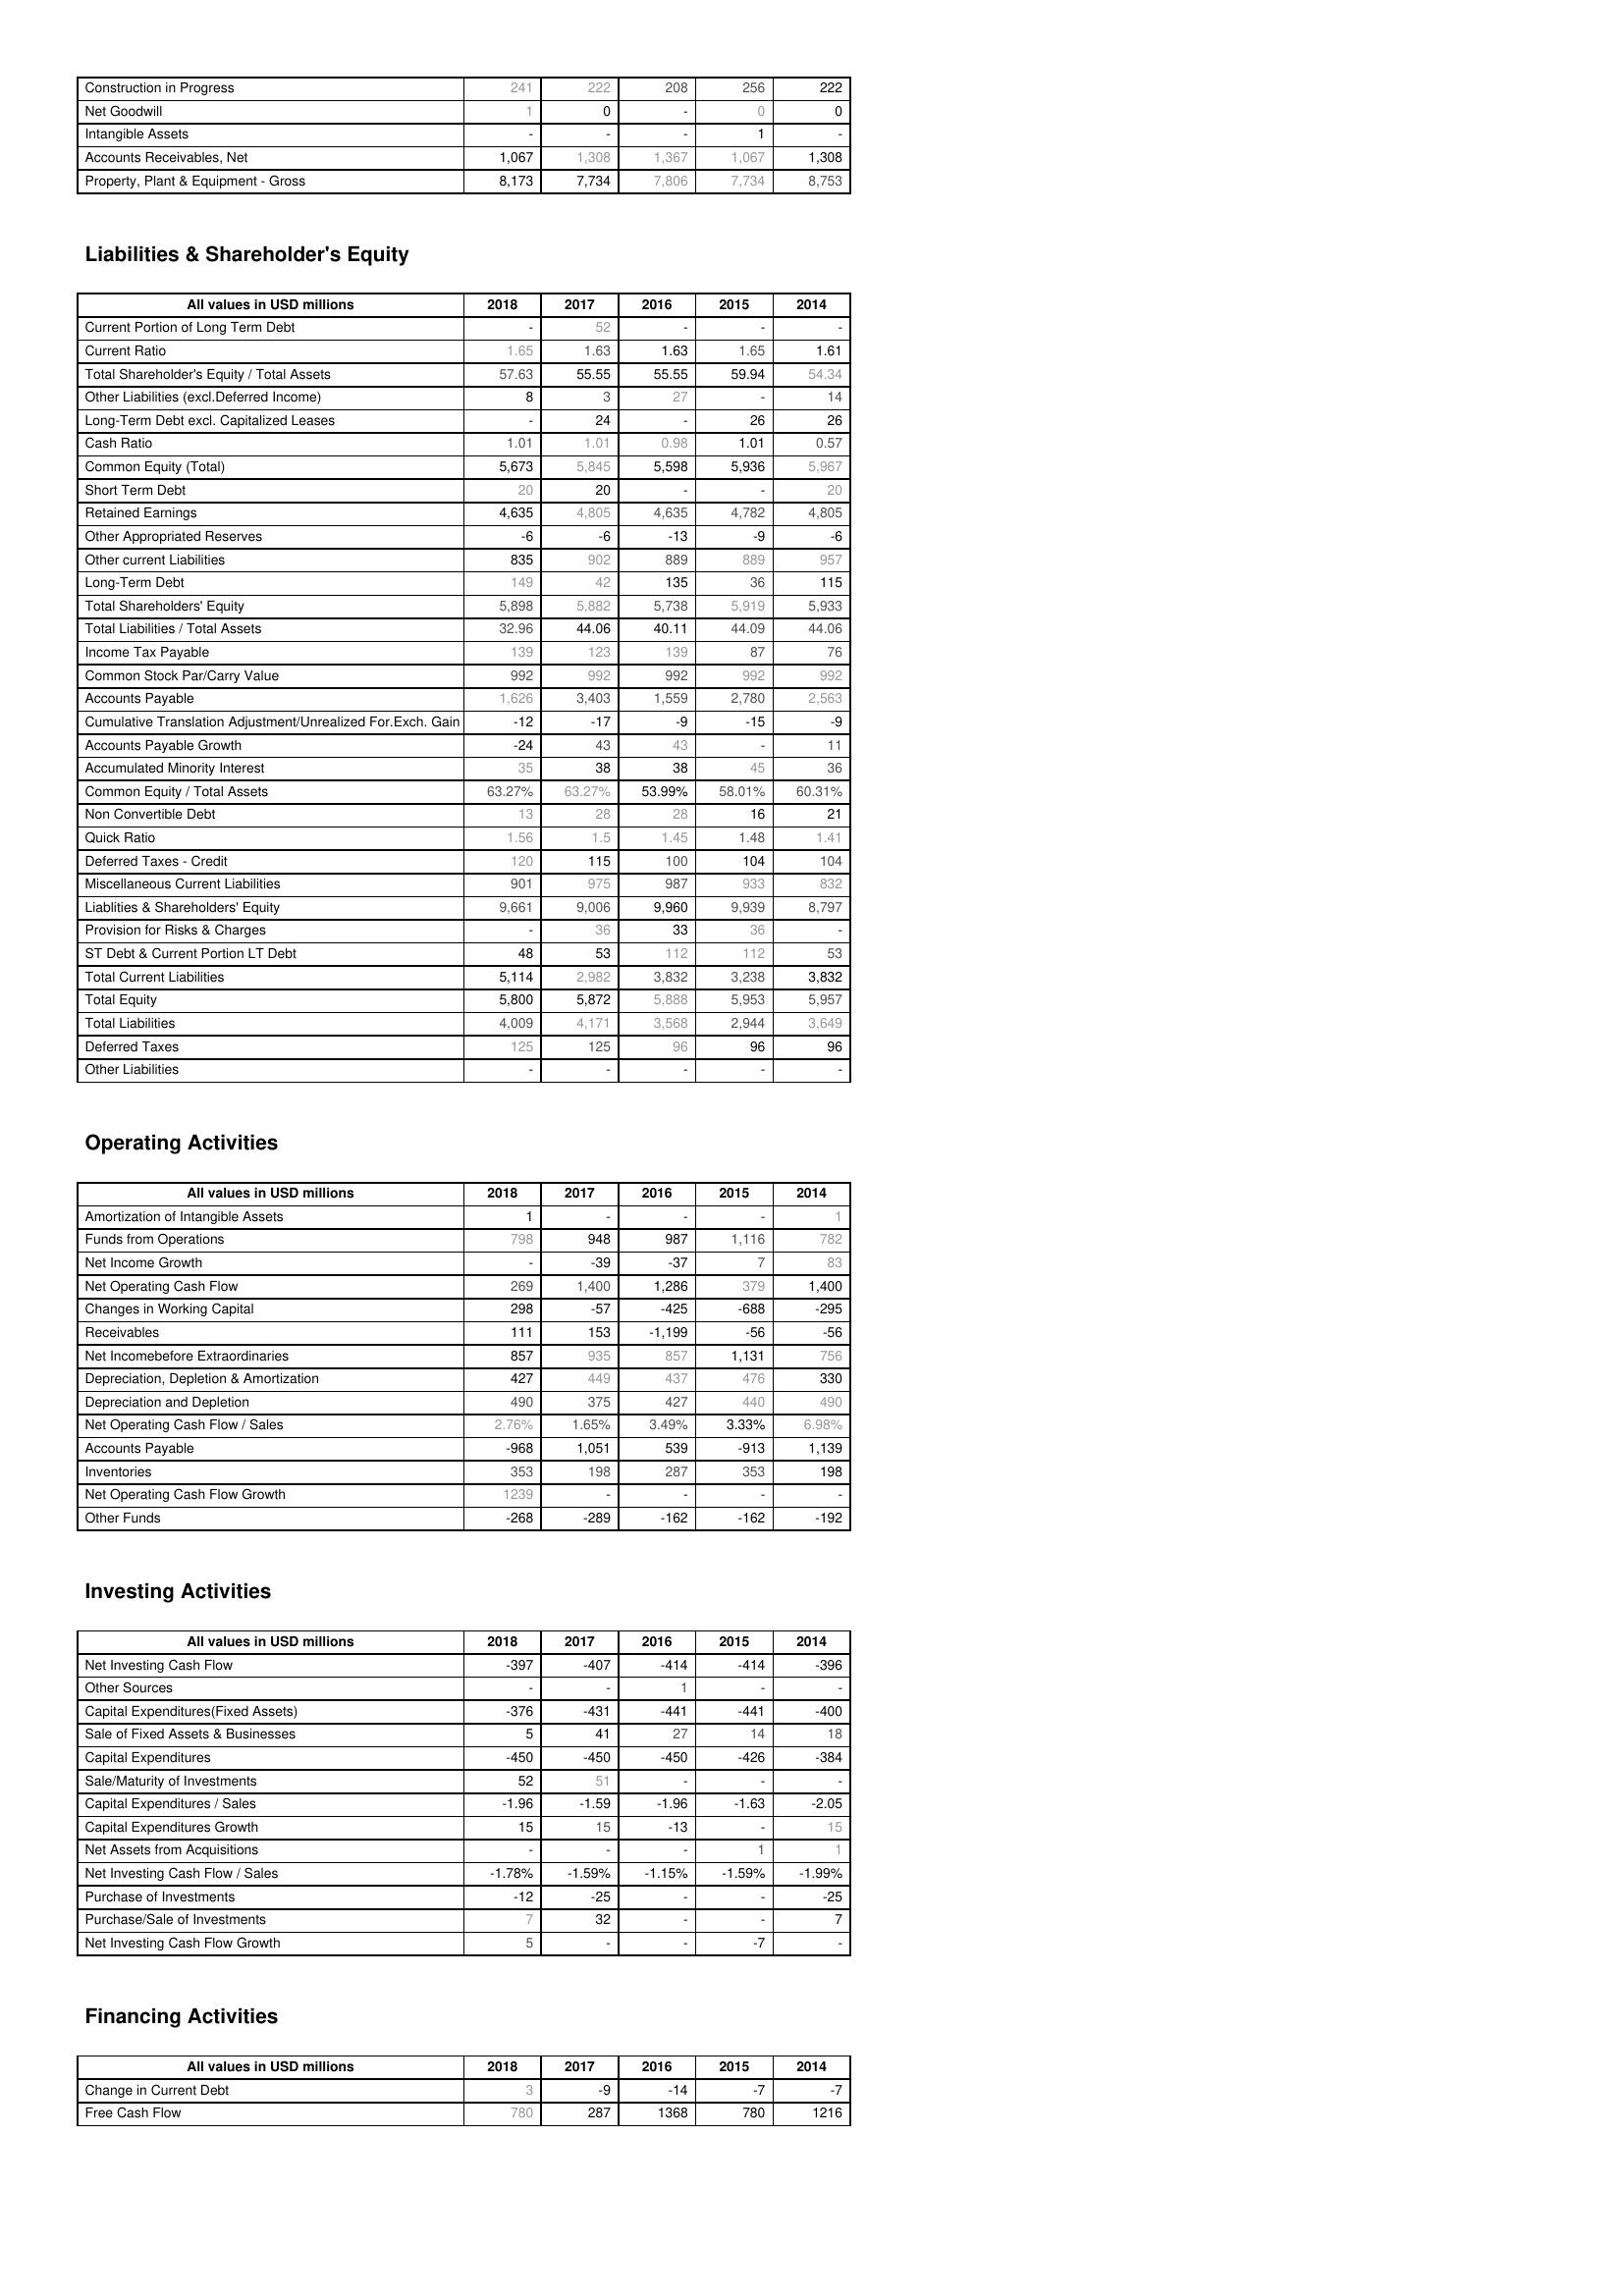
2018: Assets: Construction in Progress: 241
Net Goodwill: 1
Intangible Assets: -
Accounts Receivables, Net: 1,067
Property, Plant & Equipment - Gross : 8,173
Liabilities & Shareholder's Equity: Current Portion of Long Term Debt: -
Current Ratio: 1.65
Total Shareholder's Equity / Total Assets: 57.63
Other Liabilities (excl.Deferred Income): 8
Long-Term Debt excl. Capitalized Leases: -
Cash Ratio: 1.01
Common Equity (Total): 5,673
Short Term Debt: 20
Retained Earnings: 4,635
Other Appropriated Reserves: -6
Other current Liabilities: 835
Long-Term Debt: 149
Total Shareholders' Equity: 5,898
Total Liabilities / Total Assets: 32.96
Income Tax Payable: 139
Common Stock Par/Carry Value: 992
Accounts Payable: 1,626
Cumulative Translation Adjustment/Unrealized For.Exch. Gain: -12
Accounts Payable Growth: -24
Accumulated Minority Interest: 35
Common Equity / Total Assets: 63.27%
Non Convertible Debt: 13
Quick Ratio: 1.56
Deferred Taxes - Credit: 120
Miscellaneous Current Liabilities: 901
Liablities & Shareholders' Equity: 9,661
Provision for Risks & Charges: -
ST Debt & Current Portion LT Debt: 48
Total Current Liabilities: 5,114
Total Equity: 5,800
Total Liabilities: 4,009
Deferred Taxes: 125
Other Liabilities: -
Operating Activities: Amortization of Intangible Assets: 1
Funds from Operations: 798
Net Income Growth: -
Net Operating Cash Flow: 269
Changes in Working Capital: 298
Receivables: 111
Net Incomebefore Extraordinaries: 857
Depreciation, Depletion & Amortization: 427
Depreciation and Depletion: 490
Net Operating Cash Flow / Sales: 2.76%
Accounts Payable: -968
Inventories: 353
Net Operating Cash Flow Growth: 1239
Other Funds: -268
Investing Activities: Net Investing Cash Flow: -397
Other Sources: -
Capital Expenditures(Fixed Assets): -376
Sale of Fixed Assets & Businesses: 5
Capital Expenditures: -450
Sale/Maturity of Investments: 52
Capital Expenditures / Sales: -1.96
Capital Expenditures Growth: 15
Net Assets from Acquisitions: -
Net Investing Cash Flow / Sales: -1.78%
Purchase of Investments: -12
Purchase/Sale of Investments: 7
Net Investing Cash Flow Growth: 5
Financing Activities: Change in Current Debt: 3
Free Cash Flow: 780
2017: Assets: Construction in Progress: 222
Net Goodwill: 0
Intangible Assets: -
Accounts Receivables, Net: 1,308
Property, Plant & Equipment - Gross : 7,734
Liabilities & Shareholder's Equity: Current Portion of Long Term Debt: 52
Current Ratio: 1.63
Total Shareholder's Equity / Total Assets: 55.55
Other Liabilities (excl.Deferred Income): 3
Long-Term Debt excl. Capitalized Leases: 24
Cash Ratio: 1.01
Common Equity (Total): 5,845
Short Term Debt: 20
Retained Earnings: 4,805
Other Appropriated Reserves: -6
Other current Liabilities: 902
Long-Term Debt: 42
Total Shareholders' Equity: 5,882
Total Liabilities / Total Assets: 44.06
Income Tax Payable: 123
Common Stock Par/Carry Value: 992
Accounts Payable: 3,403
Cumulative Translation Adjustment/Unrealized For.Exch. Gain: -17
Accounts Payable Growth: 43
Accumulated Minority Interest: 38
Common Equity / Total Assets: 63.27%
Non Convertible Debt: 28
Quick Ratio: 1.5
Deferred Taxes - Credit: 115
Miscellaneous Current Liabilities: 975
Liablities & Shareholders' Equity: 9,006
Provision for Risks & Charges: 36
ST Debt & Current Portion LT Debt: 53
Total Current Liabilities: 2,982
Total Equity: 5,872
Total Liabilities: 4,171
Deferred Taxes: 125
Other Liabilities: -
Operating Activities: Amortization of Intangible Assets: -
Funds from Operations: 948
Net Income Growth: -39
Net Operating Cash Flow: 1,400
Changes in Working Capital: -57
Receivables: 153
Net Incomebefore Extraordinaries: 935
Depreciation, Depletion & Amortization: 449
Depreciation and Depletion: 375
Net Operating Cash Flow / Sales: 1.65%
Accounts Payable: 1,051
Inventories: 198
Net Operating Cash Flow Growth: -
Other Funds: -289
Investing Activities: Net Investing Cash Flow: -407
Other Sources: -
Capital Expenditures(Fixed Assets): -431
Sale of Fixed Assets & Businesses: 41
Capital Expenditures: -450
Sale/Maturity of Investments: 51
Capital Expenditures / Sales: -1.59
Capital Expenditures Growth: 15
Net Assets from Acquisitions: -
Net Investing Cash Flow / Sales: -1.59%
Purchase of Investments: -25
Purchase/Sale of Investments: 32
Net Investing Cash Flow Growth: -
Financing Activities: Change in Current Debt: -9
Free Cash Flow: 287
2016: Assets: Construction in Progress: 208
Net Goodwill: -
Intangible Assets: -
Accounts Receivables, Net: 1,367
Property, Plant & Equipment - Gross : 7,806
Liabilities & Shareholder's Equity: Current Portion of Long Term Debt: -
Current Ratio: 1.63
Total Shareholder's Equity / Total Assets: 55.55
Other Liabilities (excl.Deferred Income): 27
Long-Term Debt excl. Capitalized Leases: -
Cash Ratio: 0.98
Common Equity (Total): 5,598
Short Term Debt: -
Retained Earnings: 4,635
Other Appropriated Reserves: -13
Other current Liabilities: 889
Long-Term Debt: 135
Total Shareholders' Equity: 5,738
Total Liabilities / Total Assets: 40.11
Income Tax Payable: 139
Common Stock Par/Carry Value: 992
Accounts Payable: 1,559
Cumulative Translation Adjustment/Unrealized For.Exch. Gain: -9
Accounts Payable Growth: 43
Accumulated Minority Interest: 38
Common Equity / Total Assets: 53.99%
Non Convertible Debt: 28
Quick Ratio: 1.45
Deferred Taxes - Credit: 100
Miscellaneous Current Liabilities: 987
Liablities & Shareholders' Equity: 9,960
Provision for Risks & Charges: 33
ST Debt & Current Portion LT Debt: 112
Total Current Liabilities: 3,832
Total Equity: 5,888
Total Liabilities: 3,568
Deferred Taxes: 96
Other Liabilities: -
Operating Activities: Amortization of Intangible Assets: -
Funds from Operations: 987
Net Income Growth: -37
Net Operating Cash Flow: 1,286
Changes in Working Capital: -425
Receivables: -1,199
Net Incomebefore Extraordinaries: 857
Depreciation, Depletion & Amortization: 437
Depreciation and Depletion: 427
Net Operating Cash Flow / Sales: 3.49%
Accounts Payable: 539
Inventories: 287
Net Operating Cash Flow Growth: -
Other Funds: -162
Investing Activities: Net Investing Cash Flow: -414
Other Sources: 1
Capital Expenditures(Fixed Assets): -441
Sale of Fixed Assets & Businesses: 27
Capital Expenditures: -450
Sale/Maturity of Investments: -
Capital Expenditures / Sales: -1.96
Capital Expenditures Growth: -13
Net Assets from Acquisitions: -
Net Investing Cash Flow / Sales: -1.15%
Purchase of Investments: -
Purchase/Sale of Investments: -
Net Investing Cash Flow Growth: -
Financing Activities: Change in Current Debt: -14
Free Cash Flow: 1368
2015: Assets: Construction in Progress: 256
Net Goodwill: 0
Intangible Assets: 1
Accounts Receivables, Net: 1,067
Property, Plant & Equipment - Gross : 7,734
Liabilities & Shareholder's Equity: Current Portion of Long Term Debt: -
Current Ratio: 1.65
Total Shareholder's Equity / Total Assets: 59.94
Other Liabilities (excl.Deferred Income): -
Long-Term Debt excl. Capitalized Leases: 26
Cash Ratio: 1.01
Common Equity (Total): 5,936
Short Term Debt: -
Retained Earnings: 4,782
Other Appropriated Reserves: -9
Other current Liabilities: 889
Long-Term Debt: 36
Total Shareholders' Equity: 5,919
Total Liabilities / Total Assets: 44.09
Income Tax Payable: 87
Common Stock Par/Carry Value: 992
Accounts Payable: 2,780
Cumulative Translation Adjustment/Unrealized For.Exch. Gain: -15
Accounts Payable Growth: -
Accumulated Minority Interest: 45
Common Equity / Total Assets: 58.01%
Non Convertible Debt: 16
Quick Ratio: 1.48
Deferred Taxes - Credit: 104
Miscellaneous Current Liabilities: 933
Liablities & Shareholders' Equity: 9,939
Provision for Risks & Charges: 36
ST Debt & Current Portion LT Debt: 112
Total Current Liabilities: 3,238
Total Equity: 5,953
Total Liabilities: 2,944
Deferred Taxes: 96
Other Liabilities: -
Operating Activities: Amortization of Intangible Assets: -
Funds from Operations: 1,116
Net Income Growth: 7
Net Operating Cash Flow: 379
Changes in Working Capital: -688
Receivables: -56
Net Incomebefore Extraordinaries: 1,131
Depreciation, Depletion & Amortization: 476
Depreciation and Depletion: 440
Net Operating Cash Flow / Sales: 3.33%
Accounts Payable: -913
Inventories: 353
Net Operating Cash Flow Growth: -
Other Funds: -162
Investing Activities: Net Investing Cash Flow: -414
Other Sources: -
Capital Expenditures(Fixed Assets): -441
Sale of Fixed Assets & Businesses: 14
Capital Expenditures: -426
Sale/Maturity of Investments: -
Capital Expenditures / Sales: -1.63
Capital Expenditures Growth: -
Net Assets from Acquisitions: 1
Net Investing Cash Flow / Sales: -1.59%
Purchase of Investments: -
Purchase/Sale of Investments: -
Net Investing Cash Flow Growth: -7
Financing Activities: Change in Current Debt: -7
Free Cash Flow: 780
2014: Assets: Construction in Progress: 222
Net Goodwill: 0
Intangible Assets: -
Accounts Receivables, Net: 1,308
Property, Plant & Equipment - Gross : 8,753
Liabilities & Shareholder's Equity: Current Portion of Long Term Debt: -
Current Ratio: 1.61
Total Shareholder's Equity / Total Assets: 54.34
Other Liabilities (excl.Deferred Income): 14
Long-Term Debt excl. Capitalized Leases: 26
Cash Ratio: 0.57
Common Equity (Total): 5,967
Short Term Debt: 20
Retained Earnings: 4,805
Other Appropriated Reserves: -6
Other current Liabilities: 957
Long-Term Debt: 115
Total Shareholders' Equity: 5,933
Total Liabilities / Total Assets: 44.06
Income Tax Payable: 76
Common Stock Par/Carry Value: 992
Accounts Payable: 2,563
Cumulative Translation Adjustment/Unrealized For.Exch. Gain: -9
Accounts Payable Growth: 11
Accumulated Minority Interest: 36
Common Equity / Total Assets: 60.31%
Non Convertible Debt: 21
Quick Ratio: 1.41
Deferred Taxes - Credit: 104
Miscellaneous Current Liabilities: 832
Liablities & Shareholders' Equity: 8,797
Provision for Risks & Charges: -
ST Debt & Current Portion LT Debt: 53
Total Current Liabilities: 3,832
Total Equity: 5,957
Total Liabilities: 3,649
Deferred Taxes: 96
Other Liabilities: -
Operating Activities: Amortization of Intangible Assets: 1
Funds from Operations: 782
Net Income Growth: 83
Net Operating Cash Flow: 1,400
Changes in Working Capital: -295
Receivables: -56
Net Incomebefore Extraordinaries: 756
Depreciation, Depletion & Amortization: 330
Depreciation and Depletion: 490
Net Operating Cash Flow / Sales: 6.98%
Accounts Payable: 1,139
Inventories: 198
Net Operating Cash Flow Growth: -
Other Funds: -192
Investing Activities: Net Investing Cash Flow: -396
Other Sources: -
Capital Expenditures(Fixed Assets): -400
Sale of Fixed Assets & Businesses: 18
Capital Expenditures: -384
Sale/Maturity of Investments: -
Capital Expenditures / Sales: -2.05
Capital Expenditures Growth: 15
Net Assets from Acquisitions: 1
Net Investing Cash Flow / Sales: -1.99%
Purchase of Investments: -25
Purchase/Sale of Investments: 7
Net Investing Cash Flow Growth: -
Financing Activities: Change in Current Debt: -7
Free Cash Flow: 1216